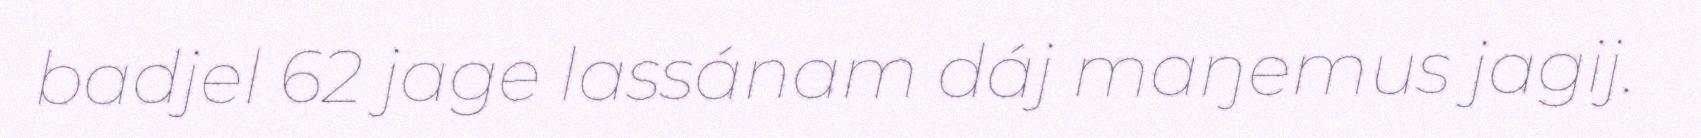
badjel 62 jage lassánam dáj maŋemus jagij.